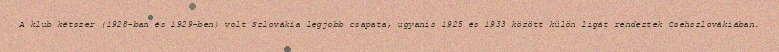
A klub kétszer (1928-ban és 1929-ben) volt Szlovákia legjobb csapata, ugyanis 1925 és 1933 között külön ligát rendeztek Csehszlovákiában.